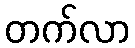
တက်လာ